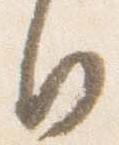
日